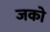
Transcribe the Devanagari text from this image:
जको